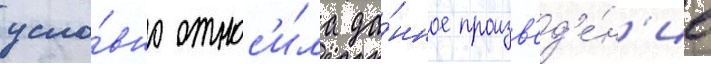
усло́вно относ'и́ла да́нное произв'ед'е́н'ие